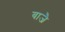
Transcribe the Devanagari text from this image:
बाजै